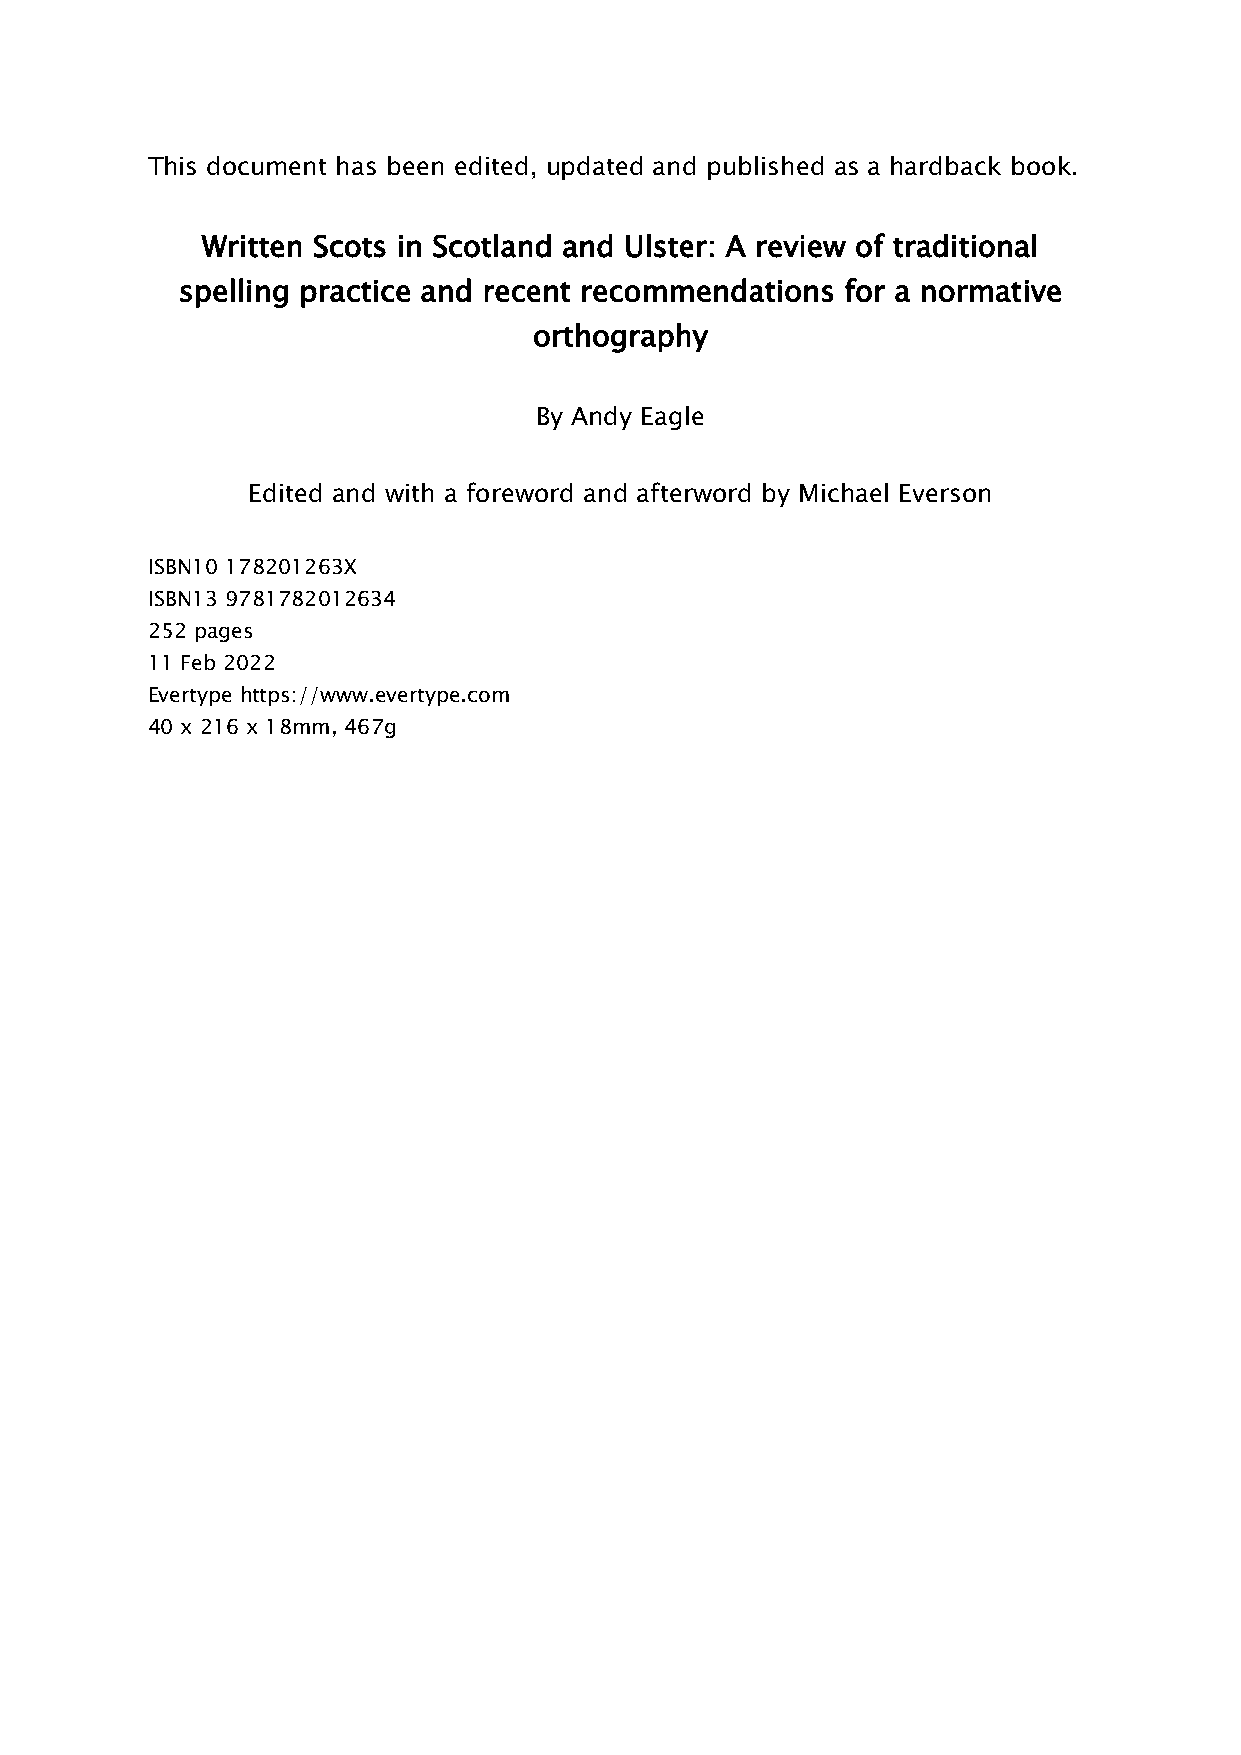
This document has been edited, updated and published as a hardback book.
 Written Scots in Scotland and Ulster: A review of traditional
 spelling practice and recent recommendations for a normative
 orthography
 By Andy Eagle
 Edited and with a foreword and afterword by Michael Everson
 ISBN10 178201263X
 ISBN13 9781782012634
 252 pages
 11 Feb 2022
 Evertype https://www.evertype.com
 40 x 216 x 18mm, 467g